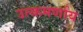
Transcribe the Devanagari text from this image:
उत्कमर्णाय